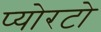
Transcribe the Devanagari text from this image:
प्योरटो